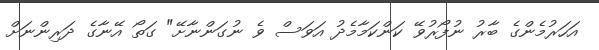
އަހަރުމެންގެ ބާރު ނުފޯރުވޭ ކަންކަމާމެދު އަވަސް ވެ ނުގަންނާށޭ" ގަތޯ އޭނާގެ ދަރިންނަށް